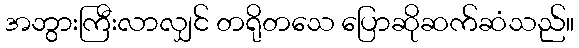
အဘွားကြီးလာလျှင် တရိုတသေ ပြောဆိုဆက်ဆံသည်။